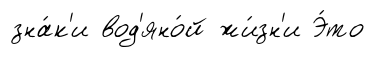
зна́к'и вод'яно́й жи́зн'и Э́то